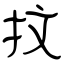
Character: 抆